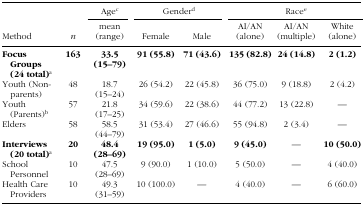
<table><thead><tr><td><b> </b></td><td><b> </b></td><td><b>Age<sup>c</sup></b></td><td colspan="2"><b>Gender<sup>d</sup></b></td><td colspan="3"><b>Race<sup>e</sup></b></td></tr><tr><td><b>Method</b></td><td><b><i>n</i></b></td><td><b>mean (range)</b></td><td><b>Female</b></td><td><b>Male</b></td><td><b>AI/AN (alone)</b></td><td><b>AI/AN (multiple)</b></td><td><b>White (alone)</b></td></tr></thead><tbody><tr><td><b>Focus Groups (24 total)</b><sup>a</sup></td><td><b>163</b></td><td><b>33.5 (15–79)</b></td><td><b>91 (55.8)</b></td><td><b>71 (43.6)</b></td><td><b>135 (82.8)</b></td><td><b>24 (14.8)</b></td><td><b>2 (1.2)</b></td></tr><tr><td>Youth (Nonparents)</td><td>48</td><td>18.7 (15–24)</td><td>26 (54.2)</td><td>22 (45.8)</td><td>36 (75.0)</td><td>9 (18.8)</td><td>2 (4.2)</td></tr><tr><td>Youth (Parents)<sup>b</sup></td><td>57</td><td>21.8 (17–25)</td><td>34 (59.6)</td><td>22 (38.6)</td><td>44 (77.2)</td><td>13 (22.8)</td><td>—</td></tr><tr><td>Elders</td><td>58</td><td>58.5 (44–79)</td><td>31 (53.4)</td><td>27 (46.6)</td><td>55 (94.8)</td><td>2 (3.4)</td><td>—</td></tr><tr><td><b>Interviews (20 total)</b><sup>a</sup></td><td><b>20</b></td><td><b>48.4 (28–69)</b></td><td><b>19 (95.0)</b></td><td><b>1 (5.0)</b></td><td><b>9 (45.0)</b></td><td>—</td><td><b>10 (50.0)</b></td></tr><tr><td>School Personnel</td><td>10</td><td>47.5 (28–69)</td><td>9 (90.0)</td><td>1 (10.0)</td><td>5 (50.0)</td><td>—</td><td>4 (40.0)</td></tr><tr><td>Health Care Providers</td><td>10</td><td>49.3 (31–59)</td><td>10 (100.0)</td><td>—</td><td>4 (40.0)</td><td>—</td><td>6 (60.0)</td></tr></tbody></table>